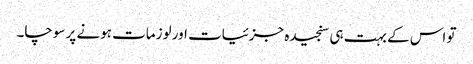
تو اس کے بہت ہی سنجیدہ جزئیات اور لوزمات ہونے پر سوچا۔